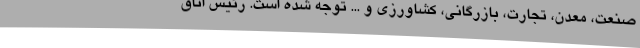
صنعت، معدن، تجارت، بازرگانی، کشاورزی و ... توجه شده است. رئیس اتاق